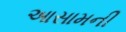
આસામની